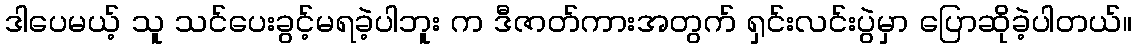
ဒါပေမယ့် သူ သင်ပေးခွင့်မရခဲ့ပါဘူး က ဒီဇာတ်ကားအတွက် ရှင်းလင်းပွဲမှာ ပြောဆိုခဲ့ပါတယ်။